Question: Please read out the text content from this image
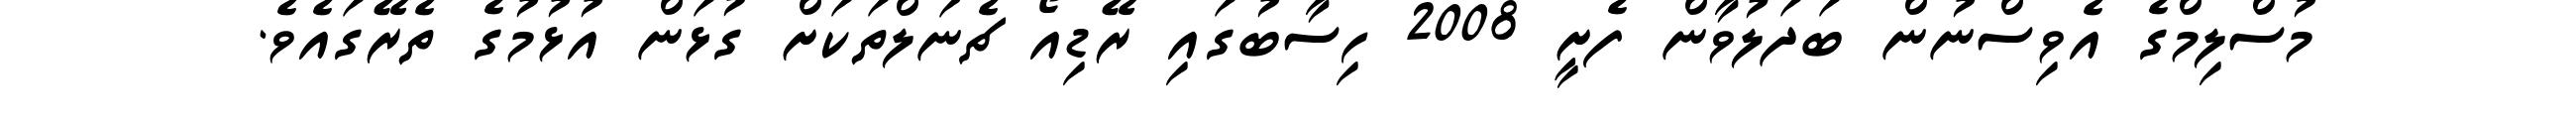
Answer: މުސްލިމްގެ އެވިސްނުން ބަދަލުވާން ފެށީ 2008 ހިސާބުގައި ރޭޑިއޯ ޗެނަލްތަކަށް ގުޅަން އުޅުމުގެ ތެރޭގައެވެ.